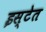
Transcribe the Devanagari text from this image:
इस्टेत